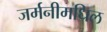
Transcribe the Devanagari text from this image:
जर्मनीमधिल